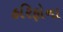
હરિફોના